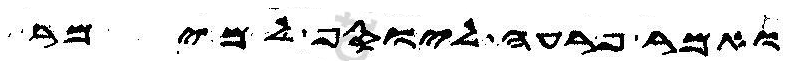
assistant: ואמר פרעה ליוסף למימר